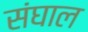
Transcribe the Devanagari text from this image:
संघाल